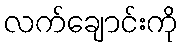
လက်ချောင်းကို